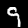
Label: 9